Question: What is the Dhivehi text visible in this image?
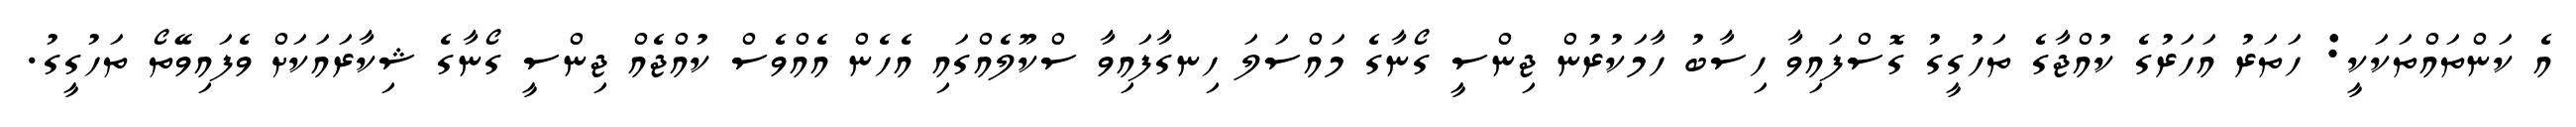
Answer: އެ ކަންތައްތަކަކީ: ހަތަރު އަހަރުގެ ކުއްޖާގެ ތަހުގީގު ގޮސްފައިވާ ހިސާބު ހާމަކުރުން ޖިންސީ ގޯނާގެ މައްސަލަ ހިނގާފައިވާ ސްކޫލެއްގައި އެހެން އެއްވެސް ކުއްޖެއް ޖިންސީ ގޯނާގެ ޝިކާރައަކަށް ވެފައިވޭތޯ ތަހުގީގު.